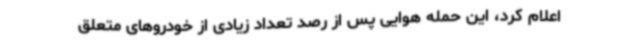
اعلام کرد، این حمله هوایی پس از رصد تعداد زیادی از خودروهای متعلق